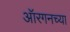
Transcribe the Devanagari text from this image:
ऑरगनच्या